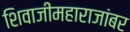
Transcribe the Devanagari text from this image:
शिवाजीमहाराजांबर